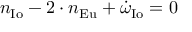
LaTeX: n _ { \mathrm { { I o } } } - 2 \cdot n _ { \mathrm { { E u } } } + { \dot { \omega } } _ { \mathrm { { I o } } } = 0